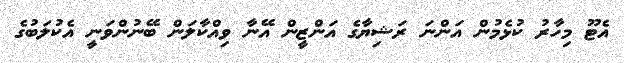
އެޓޫ މިހާރު ކުޅެމުން އަންނަ ރަޝިޔާގެ އަންޒީން އޭނާ ވިއްކާލަން ބޭނުންވަނީ އެކުލަބުގެ